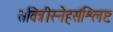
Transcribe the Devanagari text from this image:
सवित्रीस्नेहसंश्लिष्टः